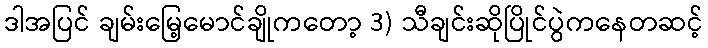
ဒါအပြင် ချမ်းမြေ့မောင်ချိုကတော့ 3) သီချင်းဆိုပြိုင်ပွဲကနေတဆင့်